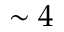
\sim 4